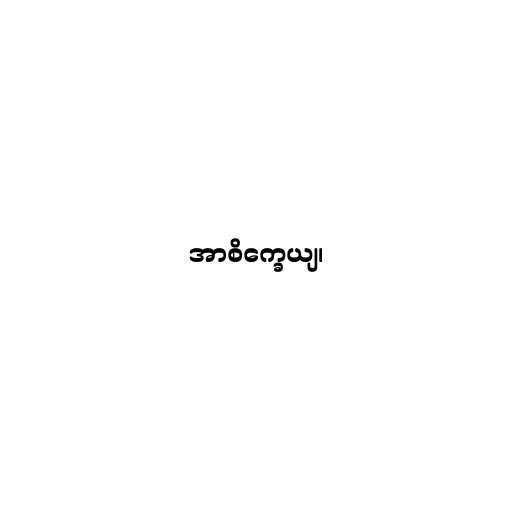
အာစိက္ခေယျ၊